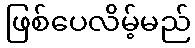
ဖြစ်ပေလိမ့်မည်